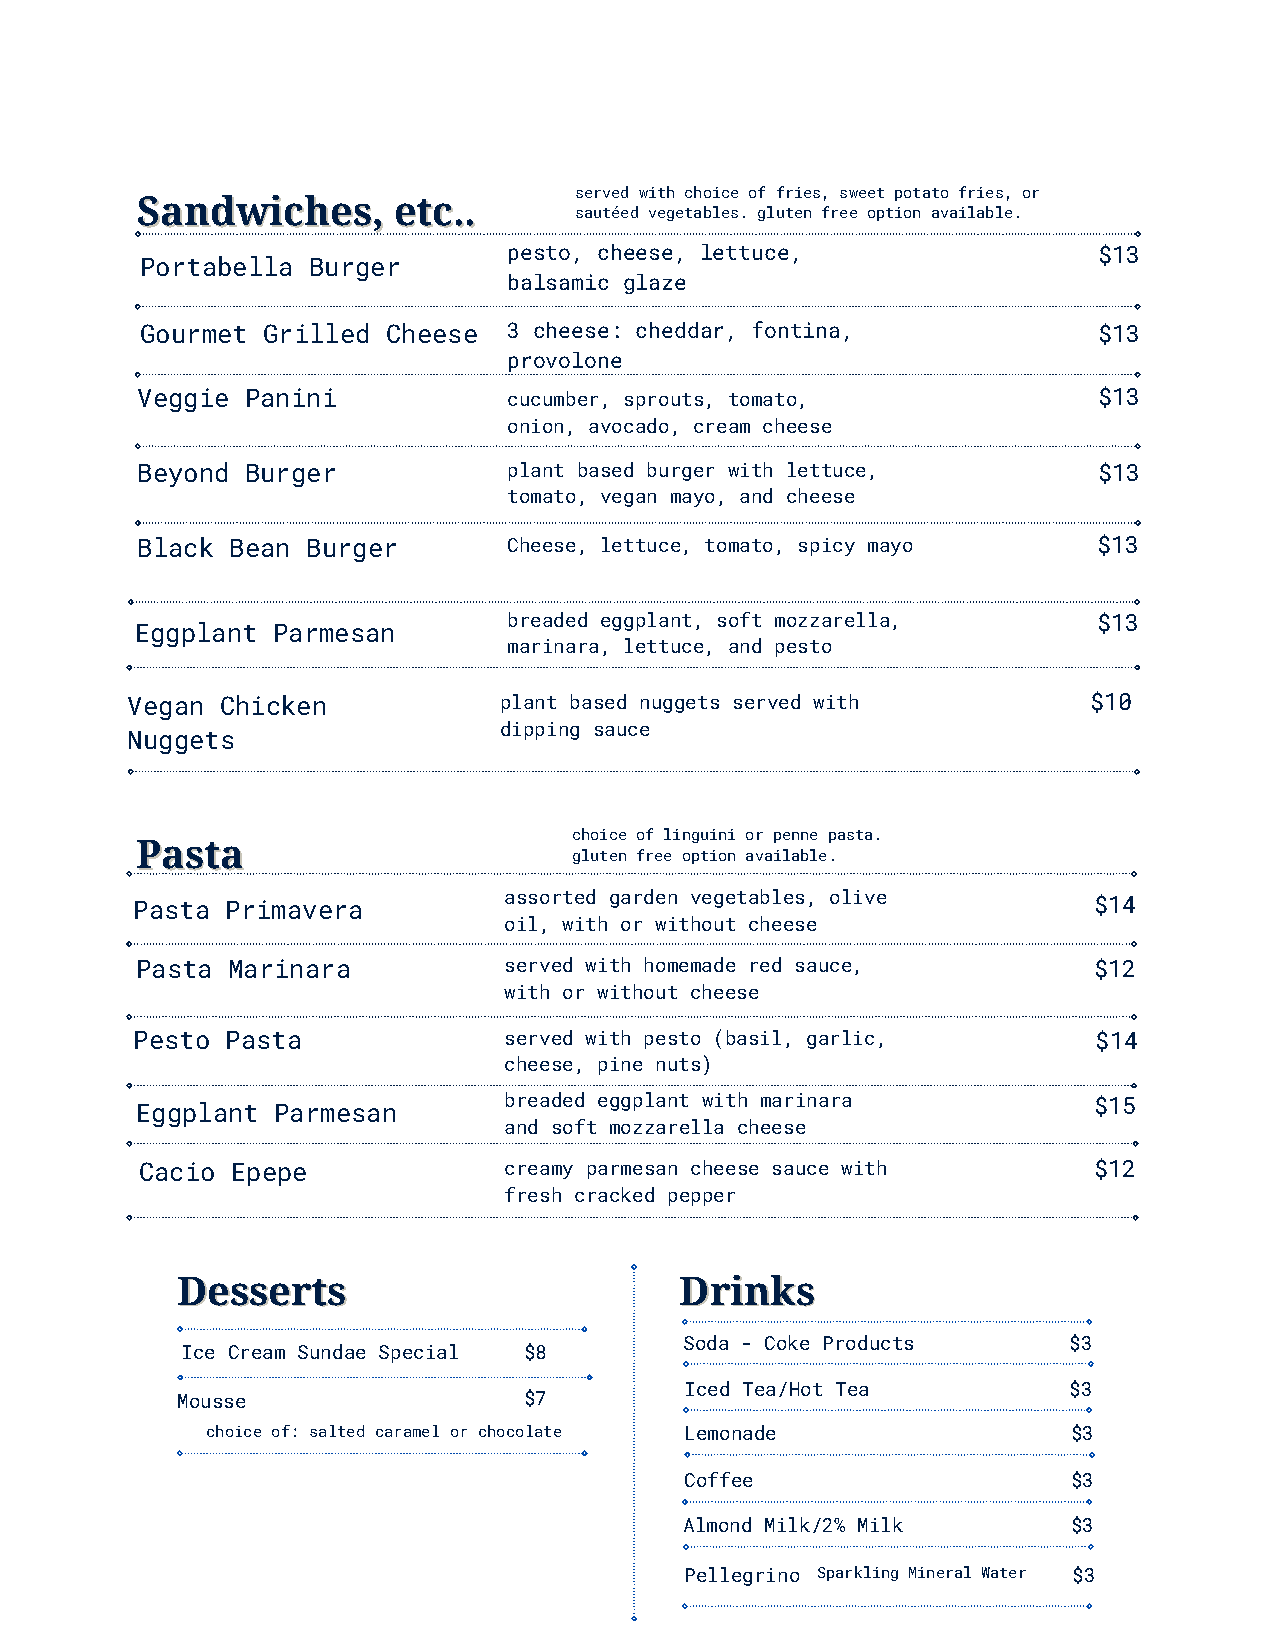
served with choice of fries, sweet potato fries, or
 SSaannddwwiicchheess,, eettcc....
 sautéed vegetables. gluten free option available.
 pesto, cheese, lettuce,                $13
 Portabella Burger
 balsamic glaze
 Gourmet Grilled  Cheese  3 cheese: cheddar, fontina,            $13
 provolone
 Veggie Panini            cucumber, sprouts, tomato,             $13
 onion, avocado, cream cheese
 Beyond Burger            plant based burger with lettuce,       $13
 tomato, vegan mayo, and cheese
 Black Bean Burger        Cheese, lettuce, tomato, spicy mayo    $13
 breaded eggplant, soft mozzarella,     $13
 Eggplant Parmesan
 marinara, lettuce, and pesto
 Vegan  Chicken           plant based nuggets served with        $10
 dipping sauce
 Nuggets
 choice of linguini or penne pasta.
 PPaassttaa
 gluten free option available.
 Pasta Primavera         assorted garden vegetables, olive      $14
 oil, with or without cheese
 Pasta Marinara          served with homemade red sauce,        $12
 with or without cheese
 Pesto Pasta             served with pesto (basil, garlic,       $14
 cheese, pine nuts)
 breaded eggplant with marinara         $15
 Eggplant Parmesan
 and soft mozzarella cheese
 Cacio Epepe             creamy parmesan cheese sauce with      $12
 fresh cracked pepper
 DDeesssseerrttss                 DDrriinnkkss
 Soda - Coke Products      $3
 Ice Cream Sundae Special $8
 Iced Tea/Hot Tea          $3
 Mousse                 $7
 choice of: salted caramel or chocolate Lemonade          $3
 Coffee                    $3
 Almond Milk/2% Milk       $3
 Pellegrino Sparkling Mineral Water $3